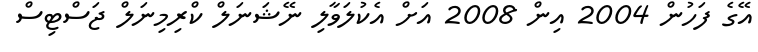
އޭގެ ފަހުން 2004 އިން 2008 އަށް އެކުލަވާލި ނޭޝަނަލް ކްރިމިނަލް ޖަސްޓިސް